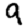
Digit: 9